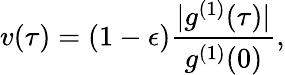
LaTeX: v(\tau)=(1-\epsilon)\frac{|g^{(1)}(\tau)|}{g^{(1)}(0)},